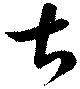
甚